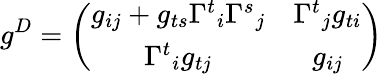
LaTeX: g^{D}=\left(\begin{array}{cc}{{g_{ij}+g_{ts}{\Gamma^{t}}_{i}{\Gamma^{s}}_{j}}}&{{{\Gamma^{t}}_{j}g_{ti}}}\\ {{{\Gamma^{t}}_{i}g_{tj}}}&{{g_{ij}}}\end{array}\right)